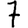
Digit: 7